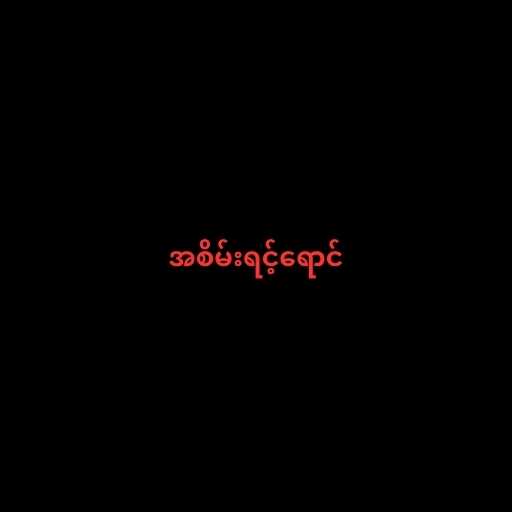
အစိမ်းရင့်ရောင်